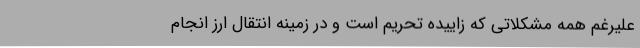
علیرغم همه مشکلاتی که زاییده تحریم است و در زمینه انتقال ارز انجام